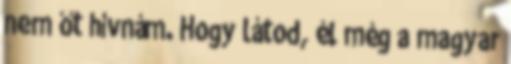
nem őt hívnám. Hogy látod, él még a magyar